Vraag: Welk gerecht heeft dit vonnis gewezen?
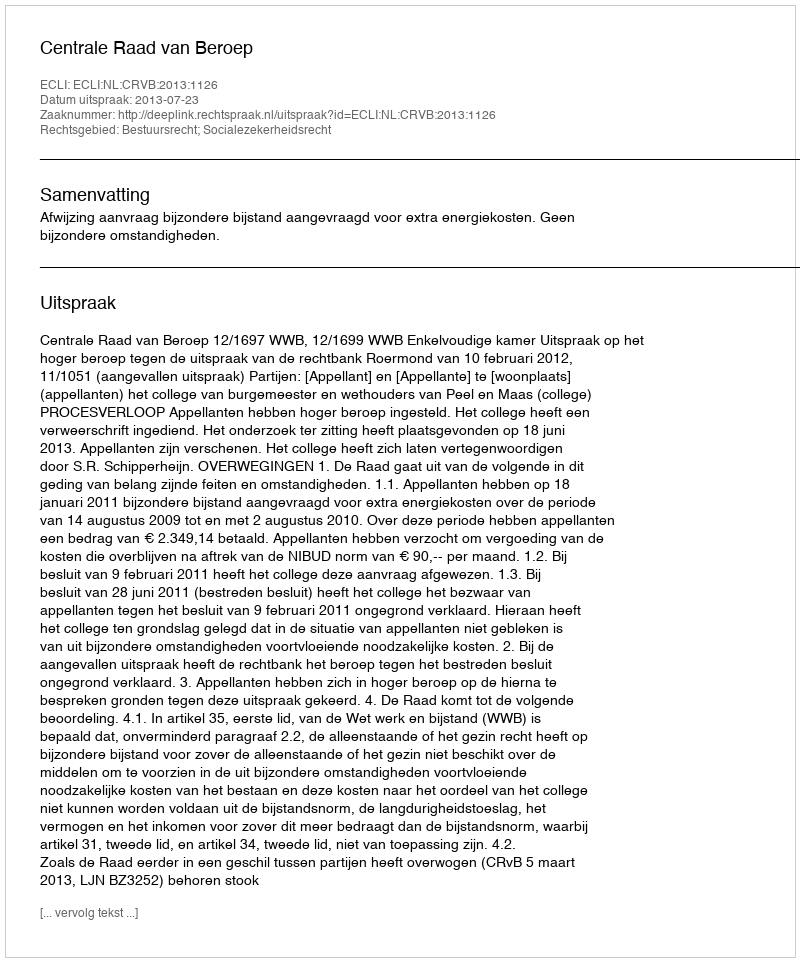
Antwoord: Centrale Raad van Beroep